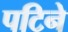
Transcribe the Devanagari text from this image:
पटिने